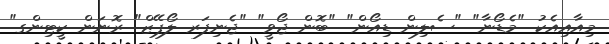
މިއާއިއެކު "މެޑޯނާ" "ސެލިން ޑިއޯން" "ބޮން ޖޯވީ" "ޖެނިފަރ ލޯޕޭޒް" ރޮނަން ކީޓިންގ"